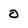
Character: 0